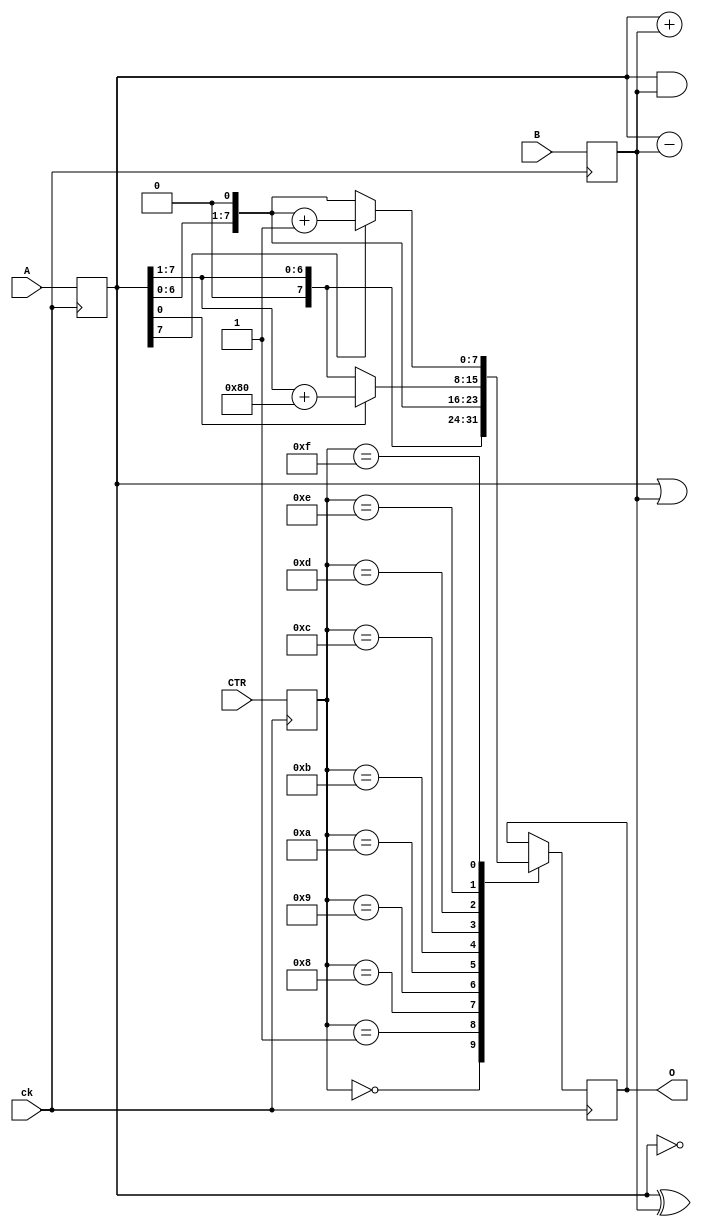
module alu(A, B, O, CTR, ck);
input [7:0] A,B;
input [3:0] CTR;
input ck;
output [7:0] O;
reg [7:0] INA, INB,OUT, O;
reg [3:0] C;
always @(posedge ck) begin
  C <= CTR;
  INA <= A;
  INB <= B;
  case (C)
  'b0000 : O <= INA + INB;
  'b0001 : O <= INA - INB;
  'b1000 : O <= INA & INB;
  'b1001 : O <= INA | INB;
  'b1010 : O <= INA ^ INB;
  'b1011 : O <= ~INA;
  'b1100 : O <= INA >> 1;
  'b1101 : O <= INA << 1;
  'b1110 : O <= INA[0] ? (INA >> 1) + 8'b1000_0000 : INA >> 1 ;
  'b1111 : O <= INA[7] ? (INA << 1) + 8'b0000_0001 : INA << 1;
  endcase
end
// assign OUT = (C=='b0000 ? INA + INB :
//         (C=='b0001 ? INA - INB :
//         (C=='b1000 ? INA * INB :
//         (C=='b1001 ? INA | INB :
//         (C=='b1001 ? INA & INB :
//         (C=='b1010 ? INA ^ INB :
//         (C=='b1011 ? ~INA :
//         (C=='b1100 ? INA >> 1 :
//         (C=='b11101 ? INA << 1 :
//         (C=='b1110 & INA[0]==0 ? INA >> 1 : //
//         (C=='b1110 & INA[0]==1 ? INA >> 1 + 1 : //
//         (C=='b1111 & INA[7]==0 ? INA << 1 :
//         (C=='b1111 & INA[7]==1 ? INA << 1 + 1
//         )))))))))))));
endmodule